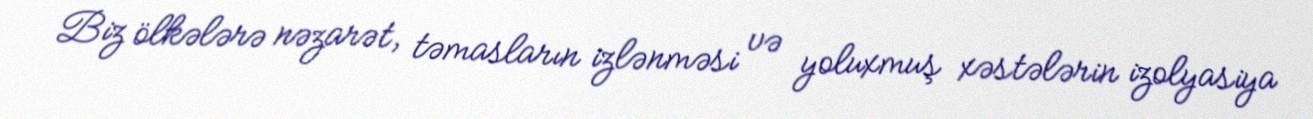
Biz ölkələrə nəzarət, təmasların izlənməsi və yoluxmuş xəstələrin izolyasiya